Alphabetical list of drugs, medicines and other preparations free from, and containing, spirit compiled from the results of tests made by the customs houses at Calcutta, Bombay, and Madras
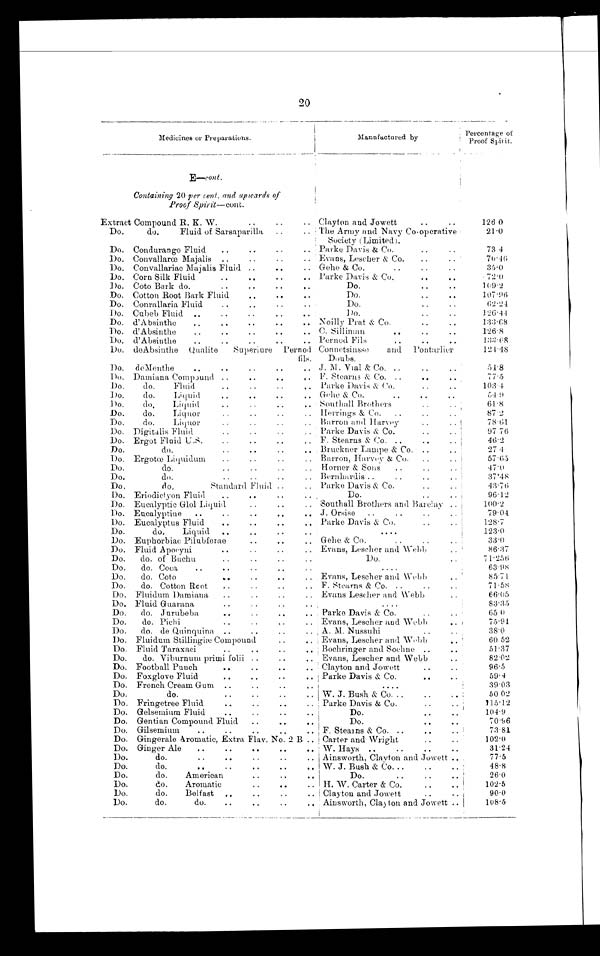
20
Medicines or Preparations.
Manufactured by
Percentage of
Proof Spirit.
E—cont.
Containing 20 per cent. and upwards of
Proof Spirit-cont.
Extract Compound R. K. W.
..
..
.. Clayton and Jowett
..
..
126 0
Do.
do.
Fluid of Sarsaparilla
..
, , The Army and Navy Co-operative
Society (Limited).
21.0
Do. Condurango Fluid
..
..
.
. . Parke Davis & Co.
..
..
73.4
Do. Convallarœ Majalis
..
..
..
..
. .
Evans, Lescher & Co.
..
..
7 0 . 4 6
Do. Convallariac Majalis Fluid. ..
..
.. Gehe & Co.
..
..
..
3 5 . 0
Do. Corn Silk Fluid
..
..
..
.. Parke Davis & Co.
..
..
. 72.0
Do. Coto Bark do.
..
..
Do.
..
1 0 9 . 2
Do. Cotton Root Bark Fluid
..
.. ..
Do.
..
. .
107.96
Do. Conrallaria Fluid
..
..
..
..
Do.
..
62.24
Do. Cubeb Fluid ..
..
...
..
. .
Do.
..
..
1 2 6 . 4 4
Do. d'Absinthe
..
...
. . . . .
Noilly Prat & Co.
...
..
133.68
Do. d'Absinthe
..
..
..
..
, , C. Silliman
..
. . ....
126.8
Do. d'Absinthe
..
....
..
.. Pernod Fils
..
..
1 3 3 . 6 8
Do. deAbsinthe Qualite
Superiure Perno
d
fils.
Connetsinsse
and Pontarlier
Doubs.
1 2 4 . 4 8
Do.
deMenthe
..
..
..
. . ..
J. M. Vial & Co. ..
...
..
5 4 . 8
Do. Damiana Compound ..
..
..
.. F. Stearns & Co. ..
..
..
77.5
Do.
do.
Fluid
..
..
, , Parke Davis & Co.
103.4
Do.
do.
Liquid
..
..
..
.. Gehe & Co.
..
....
5 4 . 9
Do.
do.
Liquid
..
..
.. Southall Brothers
..
..
61.8
Do.
do.
Liquor
....
.. Herrings & Co.
..
...
..
87.2
Do.
do.
Liquor
..
..
..
, , Barron and Harvey
..
..
78.61
Do. Digitalis Fluid
..
..
..
.. Parke Davis & Co.
..
...
97 76
Do. Ergot Fluid U.S.
..
..
....
F. Stearns & Co. ..
..
..
46.2
Do.
do.
..
..
..
..
Bruckner Lampe & Co. ..
..
27 4
Do. Ergotœ Liquidum
..
..
..
, , Barron, Harvey & Co.
..
..
57.65
Do.
do.
..
..
..
.. Horner & Sons
..
..
..
47.0
Do.
do.
..
..
..
, . Bernhardis ..
..
..
..
37.48
Do.
do.
Standard Fluid ..
, , Parke Davis & Co.
..
..
43.76
Do. Eriodictyon Fluid
..
..
„
..
Do.
..
..
96.12
Do. Eucalyptic Glol Liquid
..
.. Southall Brothers and Barclay ..
1 0 0 . 2
Do. Eucalyptine
..
..
..
..
.. J. Orsise
..
..
..
..
79.04
Do. Eucalyptus Fluid
..
..
..
. . Parke Davis & Co.
..
..
128.7
Do.
do.
Liquid
..
..
..
. . . .
123.0
Do. Euphorbiac Pilubferae
..
. . .. Gehe & Co.
..
..
33.0
Do. Fluid Apocyni
..
..
.. Evans, Lescher and Webb
..
8 6 . 3 7
Do.
do. of Buchu
..
..
..
..
Do.
. .
71.256
Do.
do. Coca
..
..
..
..
..
. . . .
63.98
Do.
do. Coto
.. . .
. .
. . Evans, Lescher and Webb
..
85.71
Do.
do. Cotton Root
..
..
.. F. Stearns & Co. ..
..
..
71.58
Do. Fluidum Damiana
..
..
..
.. . Evans Lescher and Webb
..
66.05
Do. Fluid Guarana
..
..
..
. .
....
83.35
Do.
do. Jurubeba
..
..
..
. . . Parke Davis & Co.
..
..
65 0
Do.
do. Pichi
..
..
.. Evans, Lescher and Webb
... ..
75.91
Do.
do. de Quinquina ..
.
..
.. , A. M. Nussuhi
..
..
3 8 . 0
Do. Fluidum Stillingiæ Compound
..
.. Evans, Lescher and Webb
..
60 52
Do, Fluid Taraxaci
..
.
..
. . Bochringer and Sochne ....
51.37
Do.
do. Viburnum primi folii .
..
. . Evans, Lescher and Webb
82.02
Do. Football Punch
..
.
..
.. Clayton and Jowett
..
..
96.5
Do. Foxglove Fluid
..
..
..
.. Parke Davis & Co.
..
..
59.4
Do. French Cream Gum ..
.
..
,.
. . . .
39.03
Do.
do.
..
..
..
.. W. J. Bush & Co...
..
..
50 02
Do. Fringetree Fluid.
..
..
.. Parke Davis & Co.
..
..
115.12
Do. Gelsemium Fluid
..
..
..
Do.
..
..
104.9
Do. Gentian Compound Fluid
..
..
..
Do.
..
. .
7 0 . 9 6
Do. Gilsemium
..
..
..
..
.. F. Steams & Co. ..
..
..
73.81
Do. Gingerale Aromatic, Extra Flav. No. 2 B .. Carter and Wright
..
102.0
Do. Ginger Ale
..
..
..
..
.. W. Hays ..
..
..
..
31.24
Do.
do.
..
..
.. Ainsworth, Cla y ton and Jowett ...
77.5
Do.
do.
..
. . .
.
W. J. Bush & Co...
..
..
48.8
Do.
do.
American
..
. .
Do.
..
..
. .
2 6 . 0
Do.
do.
Aromatic
..
..
.. H. W. Carter & Co.
..
1 0 2 . 5
Do.
do.
Belfast
.,
..
..
.. Clayton and Jowett
..
..
90.0
Do.
do.
do.
..
..
..
.. Ainsworth, Clayton and Jowett ..
1 0 8 . 5